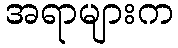
အရာများက